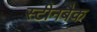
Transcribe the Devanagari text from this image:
स्टीनबैक